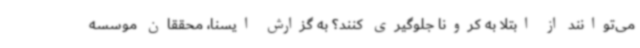
می‌توانند از ابتلا به کرونا جلوگیری کنند؟ به گزارش ایسنا، محققان موسسه